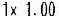
1X 1.00